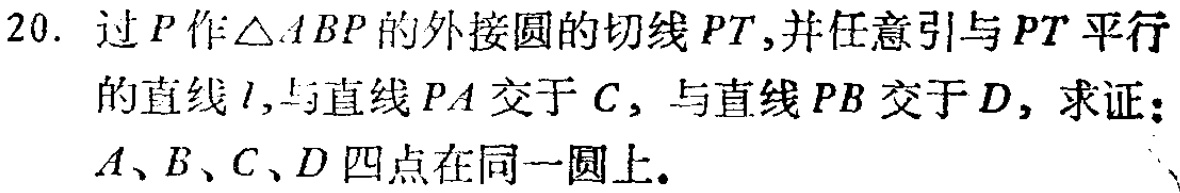
20. 过\(P\)作\(\triangle ABP\)的外接圆的切线\(PT\),并任意引与\(PT\)平行的直线\(l\),与直线\(PA\)交于\(C\), 与直线\(PB\)交于\(D\), 求证：\(A、B、C、D\)四点在同一圆上.